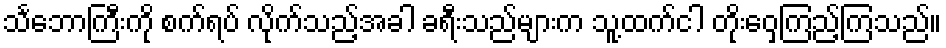
သင်္ဘောကြီးကို စက်ရပ် လိုက်သည့်အခါ ခရီးသည်များက သူ့ထက်ငါ တိုးဝှေ့ကြည့်ကြသည်။